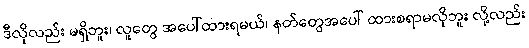
ဒီလိုလည်း မရှိဘူး၊ လူတွေ အပေါ်ထားရမယ်၊ နတ်တွေအပေါ် ထားစရာမလိုဘူး လို့လည်း